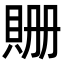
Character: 𧵡